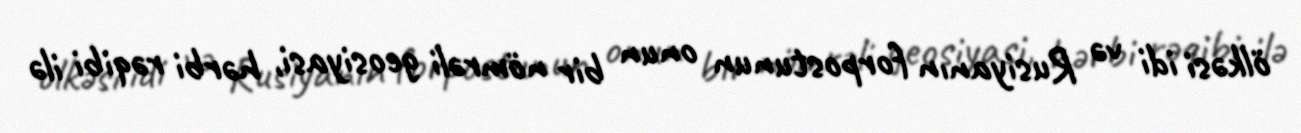
ölkəsi idi və Rusiyanın forpostunun onun bir nömrəli geosiyasi, hərbi rəqibi ilə